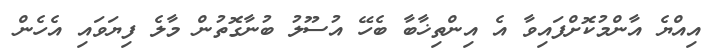
އިއްޔެ އާންމުކޮށްފައިވާ އެ އިންތިޚާބާ ބެހޭ އުސޫލު ބުނާގޮތުން މާލެ ފިޔަވައި އެހެން